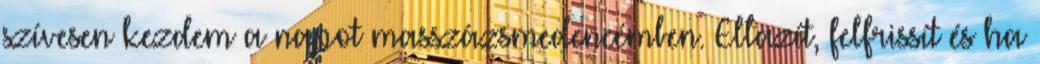
szívesen kezdem a napot masszázsmedencémben. Ellazít, felfrissít és ha